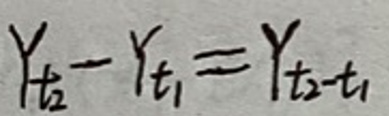
$Y_{t_2}-Y_{t_1}=Y_{t_2-t_1}$